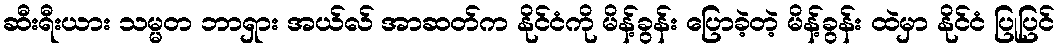
ဆီးရီးယား သမ္မတ ဘာရှား အယ်လ် အာဆတ်က နိုင်ငံကို မိန့်ခွန်း ပြောခဲ့တဲ့ မိန့်ခွန်း ထဲမှာ နိုင်ငံ ပြုပြင်